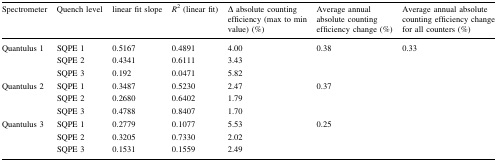
| Spectrometer | Quench level | linear fit slope | R2 (linear fit) | Δ absolute counting efficiency (max to min value) (%) | Average annual absolute counting efficiency change (%) | Average annual absolute counting efficiency change for all counters (%) |
 | --- | --- | --- | --- | --- | --- | --- |
 | <ROWSPAN=3> Quantulus 1 | SQPE 1 | 0.5167 | 0.4891 | 4.00 | <ROWSPAN=3> 0.38 | <ROWSPAN=9> 0.33 |
 | SQPE 2 | 0.4341 | 0.6111 | 3.43 |
 | SQPE 3 | 0.192 | 0.0471 | 5.82 |
 | <ROWSPAN=3> Quantulus 2 | SQPE 1 | 0.3487 | 0.5230 | 2.47 | <ROWSPAN=3> 0.37 |
 | SQPE 2 | 0.2680 | 0.6402 | 1.79 |
 | SQPE 3 | 0.4788 | 0.8407 | 1.70 |
 | <ROWSPAN=3> Quantulus 3 | SQPE 1 | 0.2779 | 0.1077 | 5.53 | <ROWSPAN=3> 0.25 |
 | SQPE 2 | 0.3205 | 0.7330 | 2.02 |
 | SQPE 3 | 0.1531 | 0.1559 | 2.49 |